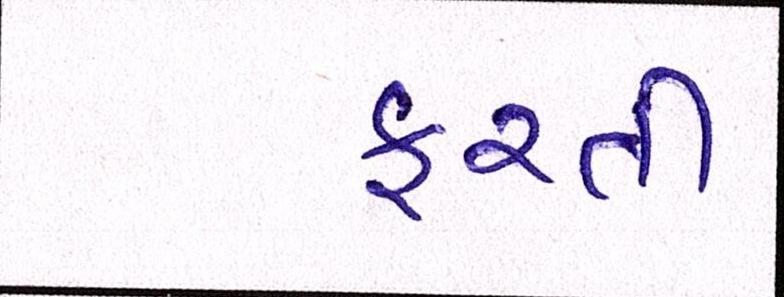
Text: ફરતી